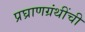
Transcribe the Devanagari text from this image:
प्रघ्राणग्रंथींची